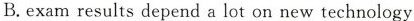
B.exam results depend a lot on new technology